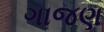
ગાજણ